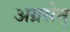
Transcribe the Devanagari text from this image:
अग्रसेन्